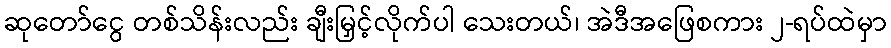
ဆုတော်ငွေ တစ်သိန်းလည်း ချီးမြှင့်လိုက်ပါ သေးတယ်၊ အဲဒီအဖြေစကား ၂-ရပ်ထဲမှာ